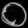
Digit: ၀